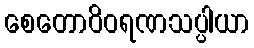
စေတောဝိဝရဏသပ္ပါယာ